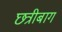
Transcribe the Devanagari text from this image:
छत्रीबाग